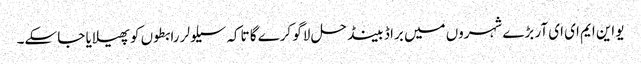
یو این ایم ای ای آر بڑے شہروں میں براڈ بینڈ حل لاگو کرے گا تاکہ سیلولر رابطوں کو پھیلایا جا سکے۔